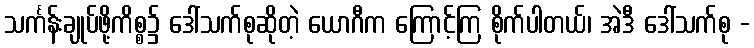
သင်္ကန်းချုပ်ဖို့ကိစ္စ၌ ဒေါ်သက်စုဆိုတဲ့ ယောဂီက ကြောင့်ကြ စိုက်ပါတယ်၊ အဲဒီ ဒေါ်သက်စု -